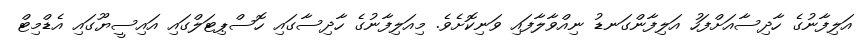
އަލިފާނުގެ ހާދިސާއަށްފަހު އަލިފާންގަނޑު ނިއްވާލާފައި ވަނިކޮށެވެ. މިއަލިފާނުގެ ހާދިސާގައި ހޮސްޕިޓަލްގައި އައިސީޔޫގައި އެޑްމިޓް